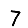
Digit: 7